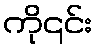
ကို၎င်း